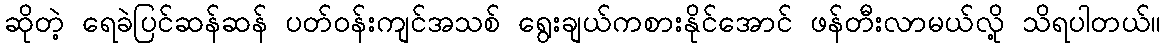
ဆိုတဲ့ ရေခဲပြင်ဆန်ဆန် ပတ်ဝန်းကျင်အသစ် ရွေးချယ်ကစားနိုင်အောင် ဖန်တီးလာမယ်လို့ သိရပါတယ်။